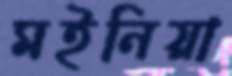
মইনিয়া